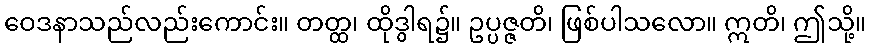
ဝေဒနာသည်လည်းကောင်း။ တတ္ထ၊ ထိုဒွါရ၌။ ဥပ္ပဇ္ဇတိ၊ ဖြစ်ပါသလော။ ဣတိ၊ ဤသို့။